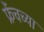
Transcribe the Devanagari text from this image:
फ्रेंचच्या